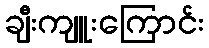
ချီးကျူးကြောင်း